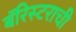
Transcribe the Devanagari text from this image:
बॅरिस्टराची